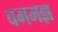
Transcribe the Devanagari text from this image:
वममल्ल